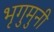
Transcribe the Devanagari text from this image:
भृगुमुनी